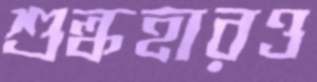
শুল্কহারও